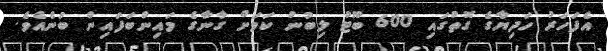
އެފަހަރު ހަދިޔާގެ ގޮތުގައި 600 ބޫޓު ލިބުނު ކަމަށް ގާނާގެ މައިންބަފައިން ބުނެއެވެ.